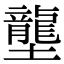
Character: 壟